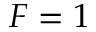
F = 1